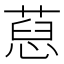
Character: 𦷚